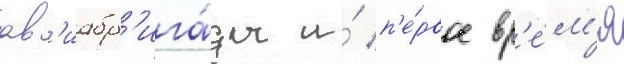
ав'иабр'ига́ды и́ п'е́рвое вр'е́м'я